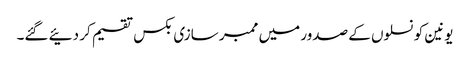
یونین کونسلوں کے صدور میں ممبر سازی بکس تقسیم کر دئیے گئے۔